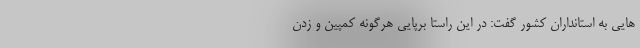
هایی به استانداران کشور گفت: در این راستا برپایی هرگونه کمپین و زدن